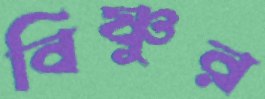
বিষ্ণুর